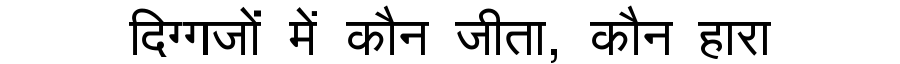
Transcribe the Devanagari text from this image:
दिग्गजों में कौन जीता, कौन हारा